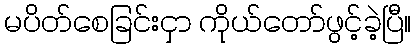
မပိတ်စေခြင်းငှာ ကိုယ်တော်ဖွင့်ခဲ့ပြီ။